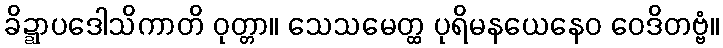
ခိဍ္ဍာပဒေါသိကာတိ ဝုတ္တာ။ သေသမေတ္ထ ပုရိမနယေနေဝ ဝေဒိတဗ္ဗံ။